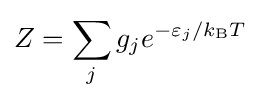
Z=\sum _{j}g_{j}e^{-\varepsilon _{j}/k_{\text{B}}T}